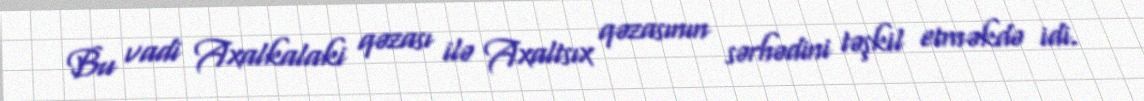
Bu vadi Axalkalaki qəzası ilə Axaltsıx qəzasının sərhədini təşkil etməkdə idi.